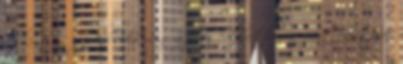
tekinteni rájuk Aki még a jelen helyzetben is párt-politizál,